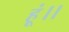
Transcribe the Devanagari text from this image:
हूं।।